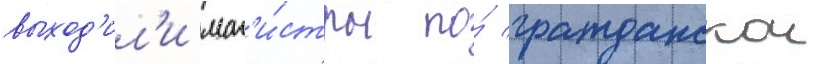
выход'ил'и маг'и́стры по́ гражданскои